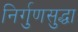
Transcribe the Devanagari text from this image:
निर्गुणसुद्धा